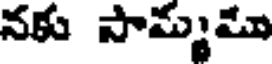
నకు సామ్యము